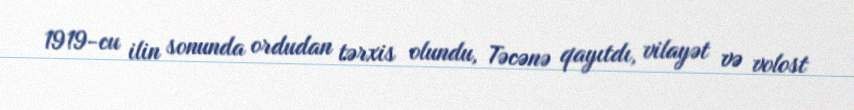
1919-cu ilin sonunda ordudan tərxis olundu, Təcənə qayıtdı, vilayət və volost